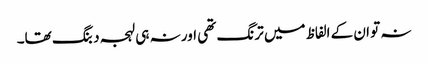
نہ تو ان کے الفاظ میں ترنگ تھی اور نہ ہی لہجہ دبنگ تھا۔